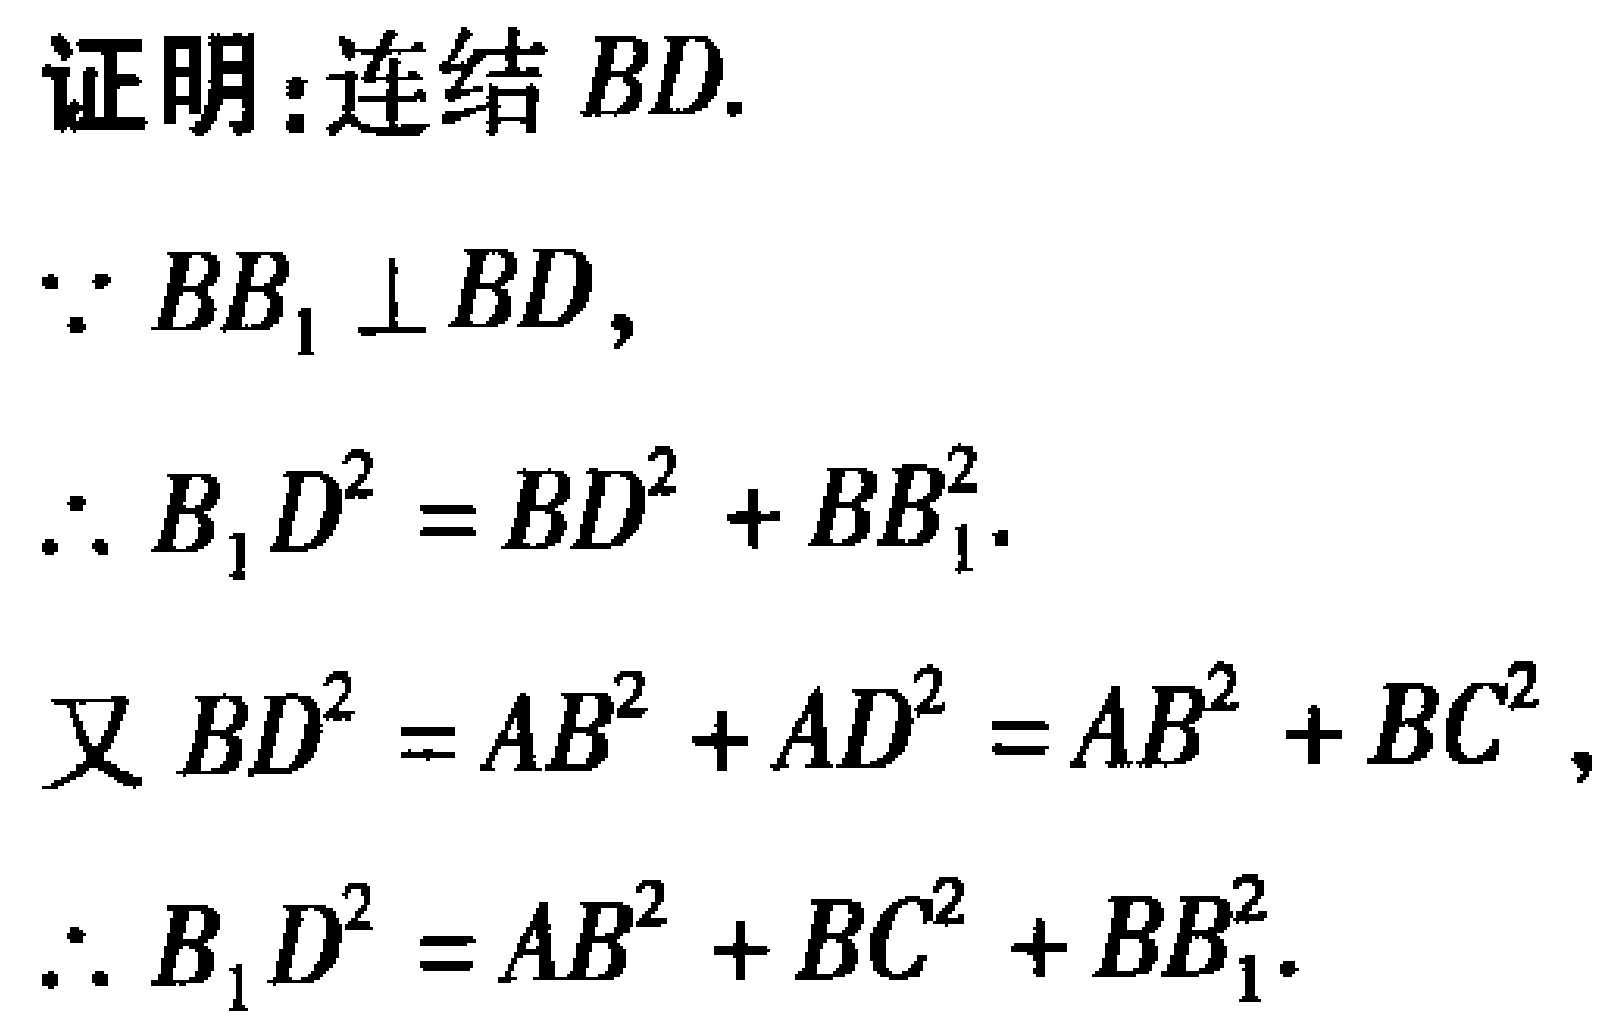
证明：连结 \(BD\).
\(\because BB_1 \perp BD\),
\(\therefore B_1D^2 = BD^2 + BB_1^2\).
又 \(BD^2 = AB^2 + AD^2 = AB^2 + BC^2\),
\(\therefore B_1D^2 = AB^2 + BC^2 + BB_1^2\).